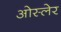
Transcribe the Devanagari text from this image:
ओस्लेर